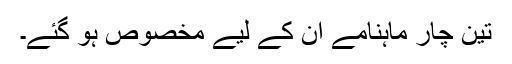
تین چار ماہنامے ان کے لیے مخصوص ہو گئے۔